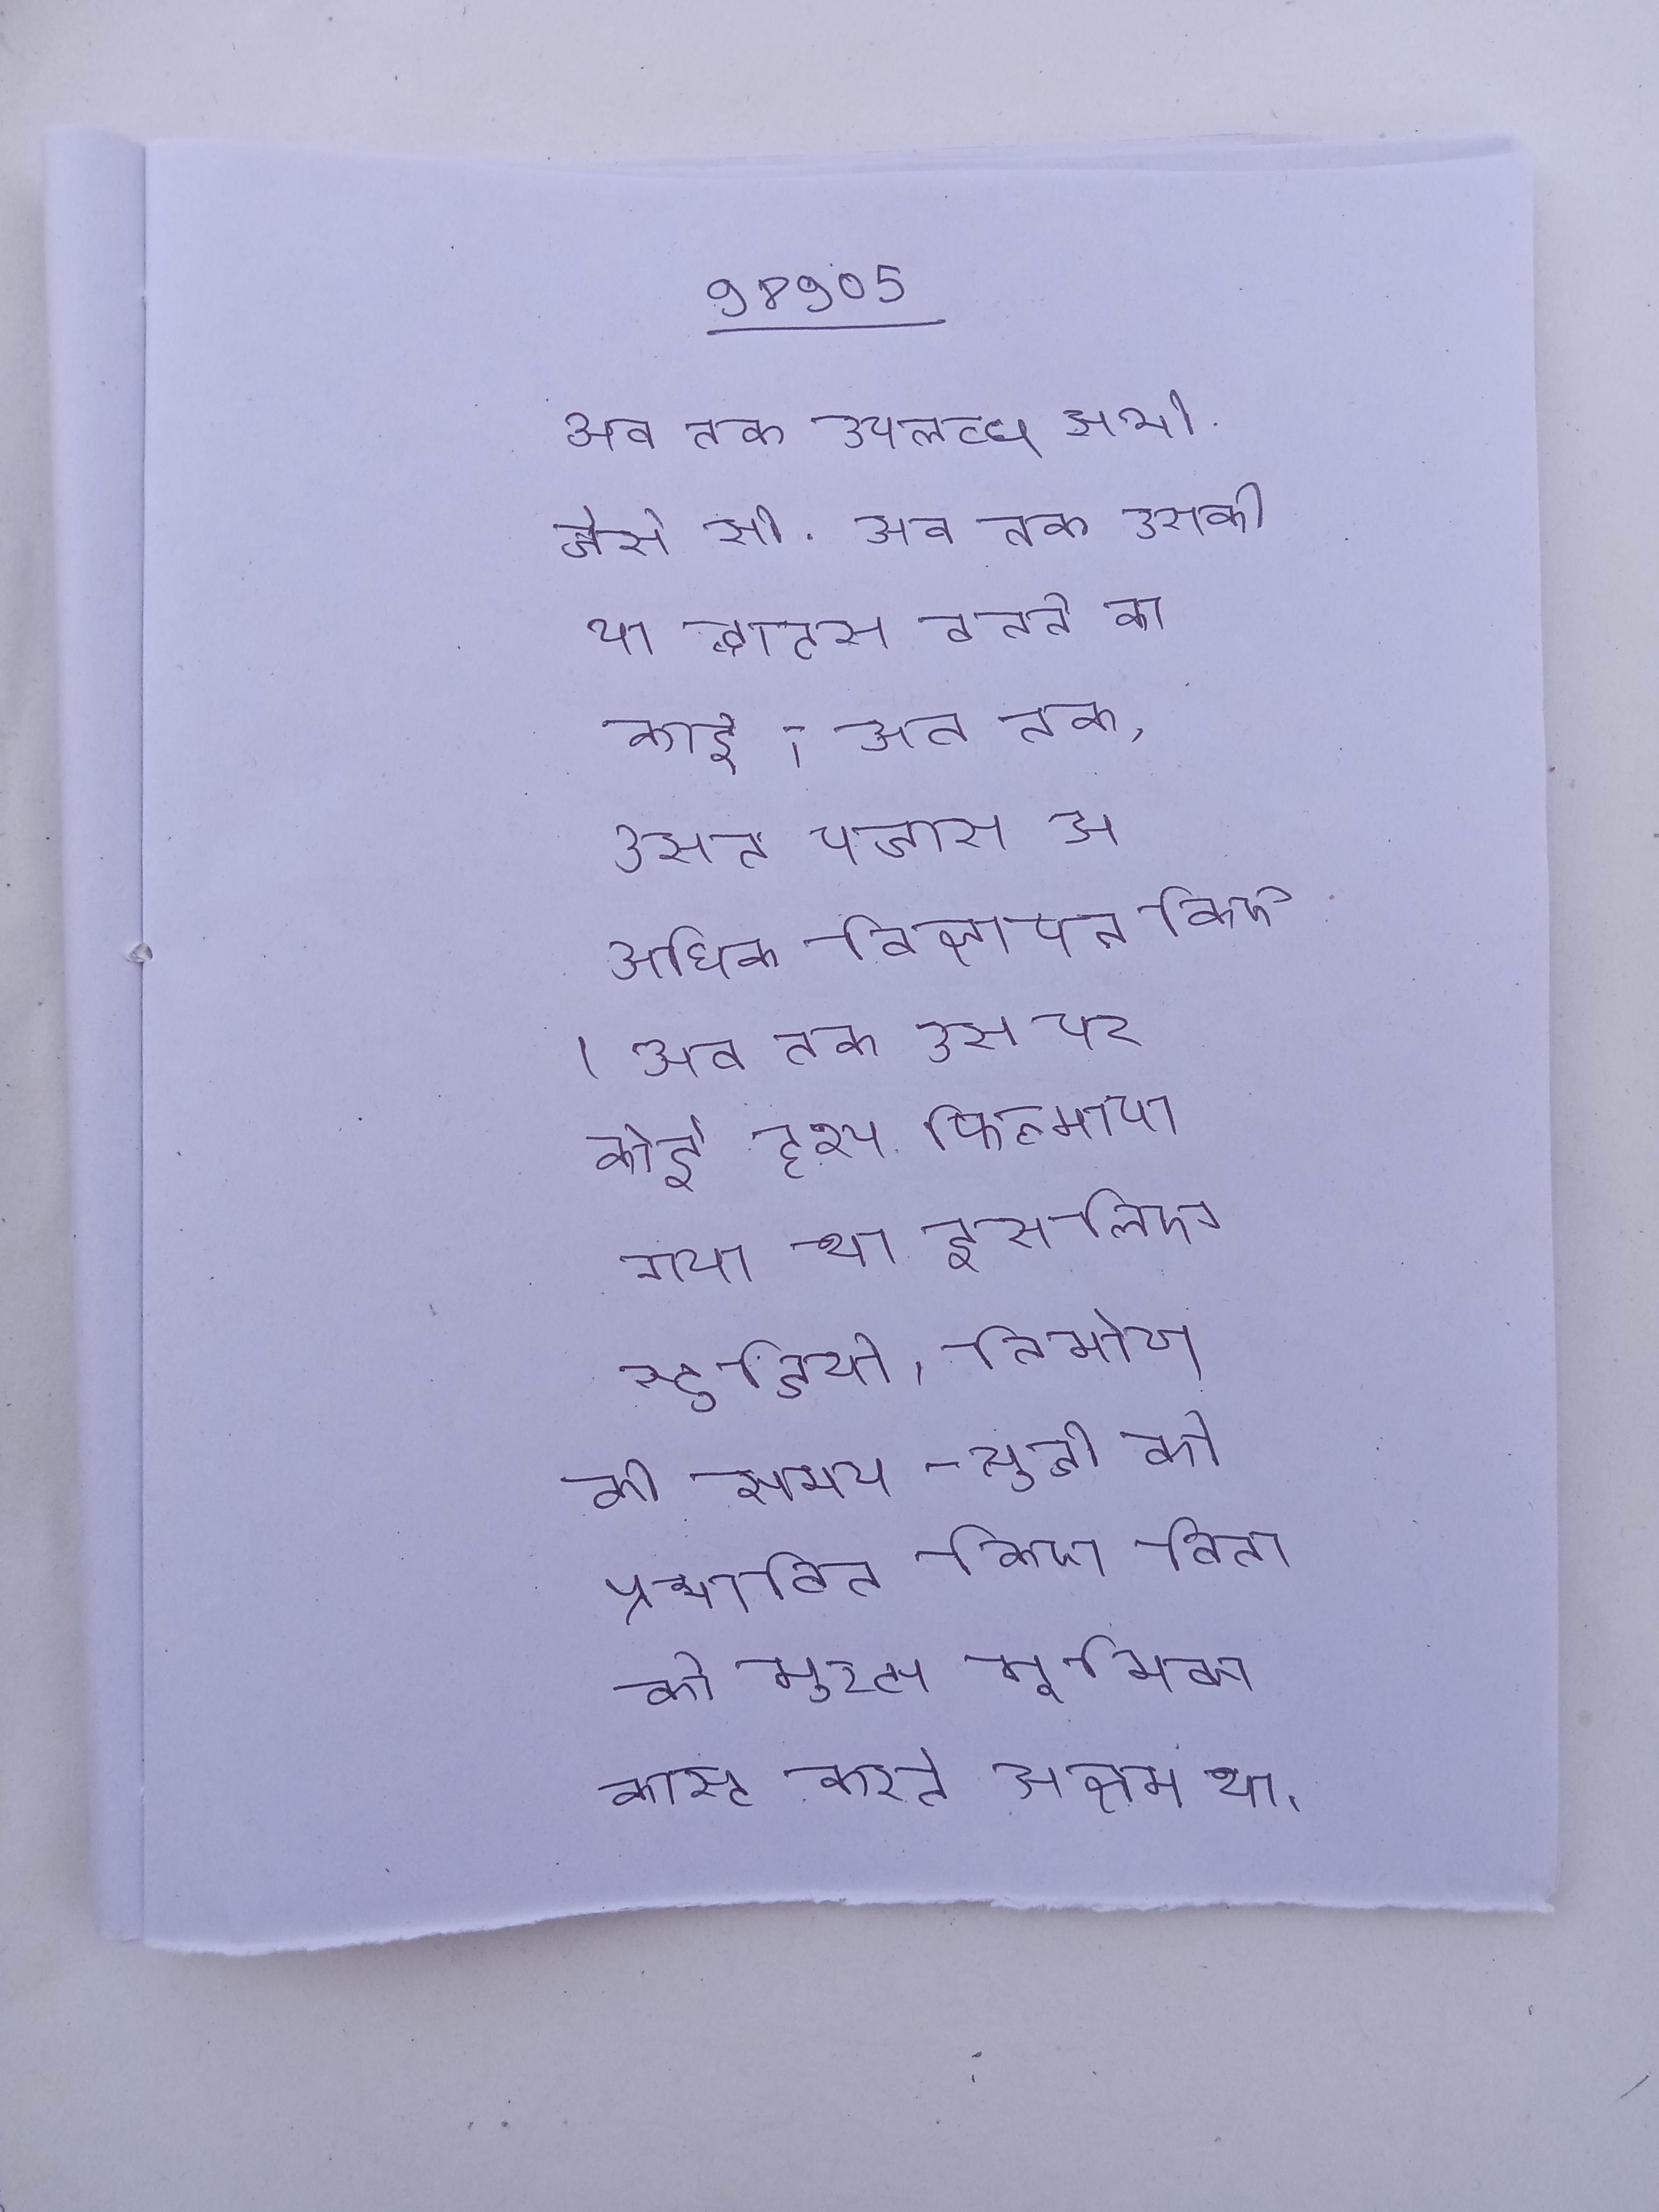
अब तक उपलब्ध सभी जैसे सी . अब तक उसके या द्वादस बनने का कोई इतिहास पूर्णत: ज्ञात है । अब तक, उसने पचास से अधिक विज्ञापन किए । अब तक उस पर कोई दृश्य फिल्माया गया था इसलिए स्टूडियो, निर्माण की समय-सूची को प्रभावित किए बिना को मुख्य भूमिका कास्ट करने सक्षम था ।